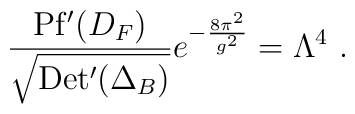
\frac{{\rm Pf'}(D_F)}{\sqrt{{\rm Det'}(\Delta_B)}}e^{-\frac{8\pi^2}{g^2}} = \Lambda^4 ~.